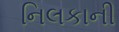
નિલકાની